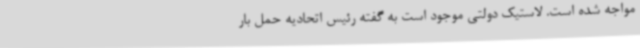
مواجه شده است. لاستیک دولتی موجود است به گفته رئیس اتحادیه حمل بار